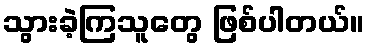
သွားခဲ့ကြသူတွေ ဖြစ်ပါတယ်။